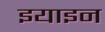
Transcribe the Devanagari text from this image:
इयाइन